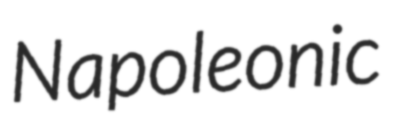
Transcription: Napoleonic